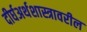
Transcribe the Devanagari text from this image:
दीर्घअर्थशास्त्रावरील